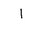
Letter: _alif